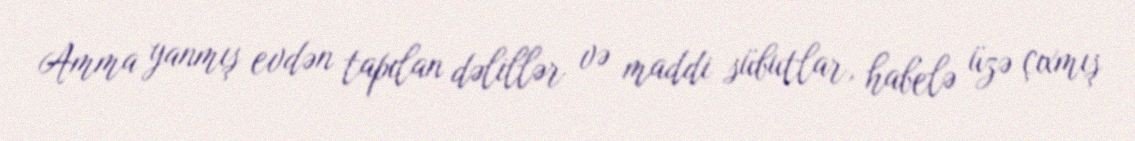
Amma yanmış evdən tapılan dəlillər və maddi sübutlar, habelə üzə çıxmış